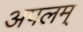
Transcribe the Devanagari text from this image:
अपलम्